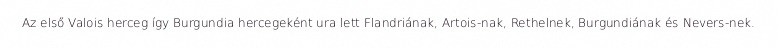
Az első Valois herceg így Burgundia hercegeként ura lett Flandriának, Artois-nak, Rethelnek, Burgundiának és Nevers-nek.